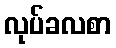
လုပ်ခလစာ